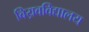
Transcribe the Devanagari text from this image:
विय़वविद्यालय